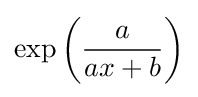
\exp \left({\frac {a}{ax+b}}\right)